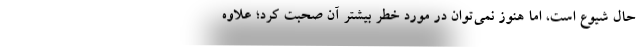
حال شیوع است، اما هنوز نمی‌توان در مورد خطر بیشتر آن صحبت کرد؛ علاوه